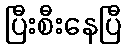
ပြီးစီးနေပြီ